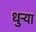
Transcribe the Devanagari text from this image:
धुर्‍या